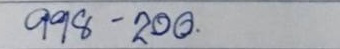
998 - 200